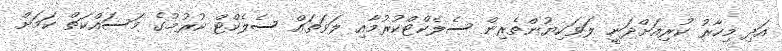
އަދި މިހާރު ކުރިއަށްދަނީ ލަވަކިޔުންތެރިން ސެލެކްޓްކުރުމާއި ލަވަތައް ސެލެކްޓް ކުރުމުގެ މަސައްކަތް ކަމަށް